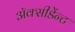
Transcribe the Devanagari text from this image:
अॅक्सीडेंन्ट